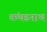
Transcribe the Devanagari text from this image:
कंथडनाथ